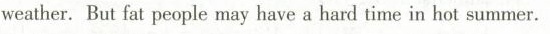
weather. But fat people may have a hard time in hot summer.